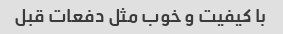
با کیفیت و خوب مثل دفعات قبل